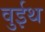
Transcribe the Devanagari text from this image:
वुईथ